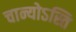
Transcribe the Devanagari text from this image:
चान्योऽस्ति